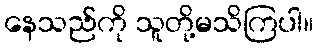
နေသည်ကို သူတို့မသိကြပါ။